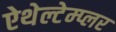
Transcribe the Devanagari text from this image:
ऐथेल्टेम्प्लर